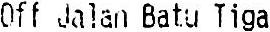
OFF JALAN BATU TIGA